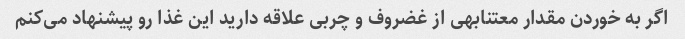
اگر به خوردن مقدار معتنابهی از غضروف و چربی علاقه دارید این غذا رو پیشنهاد می‌کنم